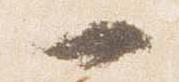
一